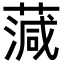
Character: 𦺘